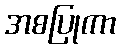
အစပြုကာ